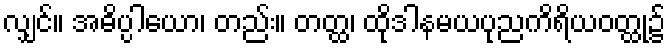
လျှင်။ အဓိပ္ပါယော၊ တည်း။ တတ္ထ၊ ထိုဒါနမယပုညကိရိယဝတ္ထု၌